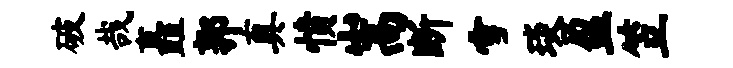
破哉矗郭真愤嵩断雪琰盈笠